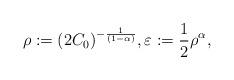
LaTeX: \begin{align*} \rho := (2C_0)^{-\frac{1}{{(1 - \alpha)}}}, \varepsilon := \dfrac{1}{2} \rho^{\alpha},\end{align*}